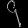
Digit: ၄